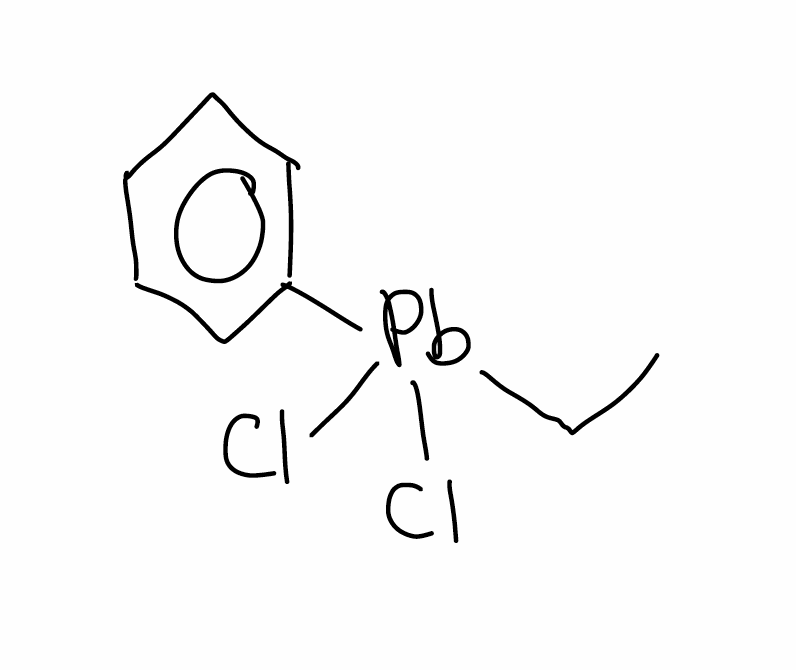
Simplified molecular-input line-entry system (SMILES) notation of the given molecule:
CC[Pb](C1=CC=CC=C1)(Cl)Cl